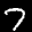
Label: 7